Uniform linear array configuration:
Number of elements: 64
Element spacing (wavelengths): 1
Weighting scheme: binomial
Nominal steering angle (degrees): -60
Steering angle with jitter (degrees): -61.656
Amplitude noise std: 0.05
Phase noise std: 0.05

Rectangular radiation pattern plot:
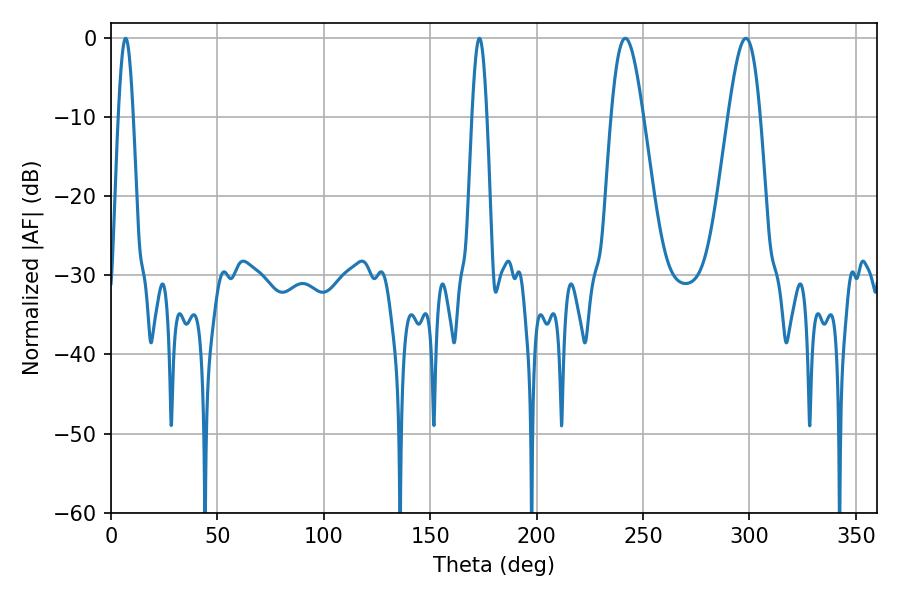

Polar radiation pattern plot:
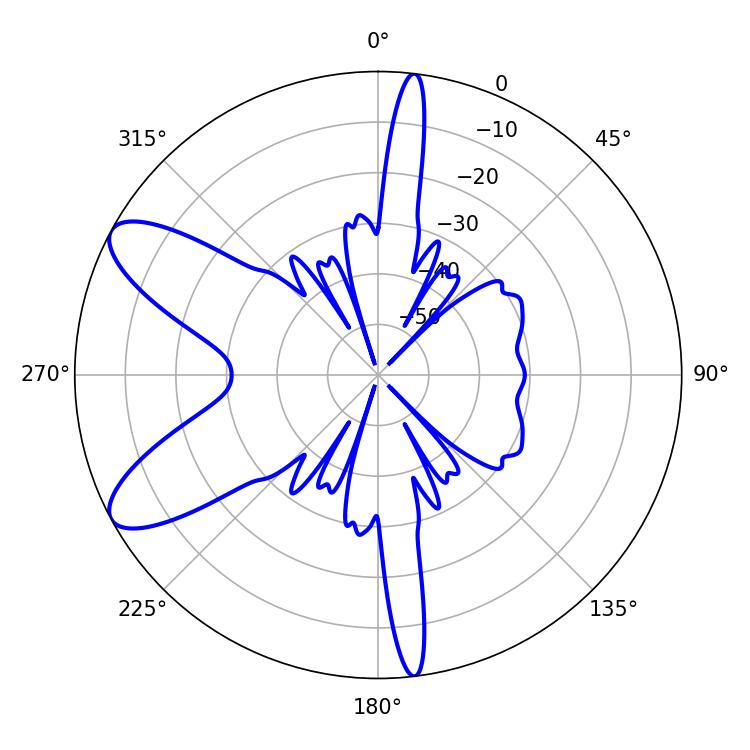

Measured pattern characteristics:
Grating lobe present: TRUE
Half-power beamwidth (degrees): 7.92
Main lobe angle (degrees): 298.26